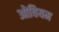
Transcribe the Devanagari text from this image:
ओवियम